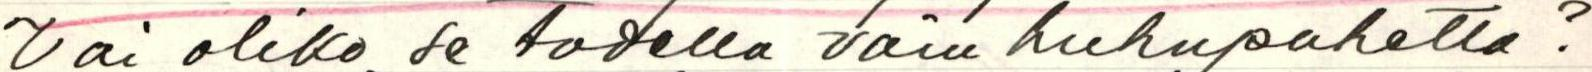
Vai oliko se todella vain huhupuhetta?